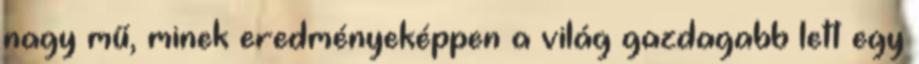
nagy mű, minek eredményeképpen a világ gazdagabb lett egy